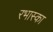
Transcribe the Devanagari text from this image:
रभास्‍का